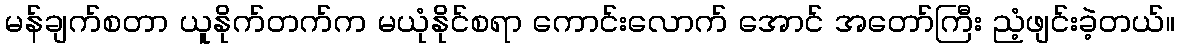
မန်ချက်စတာ ယူနိုက်တက်က မယုံနိုင်စရာ ကောင်းလောက် အောင် အတော်ကြီး ညံ့ဖျင်းခဲ့တယ်။